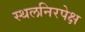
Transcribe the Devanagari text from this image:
स्थलनिरपेक्ष